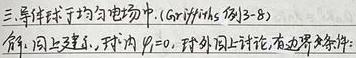
三、导体球于均匀电场中. (Griffiths 例3 - 8)
解：同上建立，球内$\varphi = 0$，球外同上讨论，有边界条件：